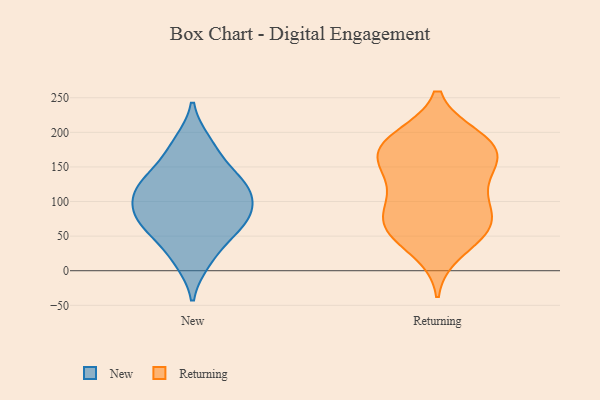
{"axis": {"x": "Churn Rate (%)", "y": "Value"}, "legend": ["New", "Returning"], "data": [{"x": "", "y": 97, "type": "New"}, {"x": "", "y": 122, "type": "New"}, {"x": "", "y": 82, "type": "New"}, {"x": "", "y": 126, "type": "New"}, {"x": "", "y": 13, "type": "New"}, {"x": "", "y": 47, "type": "New"}, {"x": "", "y": 64, "type": "New"}, {"x": "", "y": 120, "type": "New"}, {"x": "", "y": 158, "type": "New"}, {"x": "", "y": 187, "type": "New"}, {"x": "", "y": 78, "type": "New"}, {"x": "", "y": 170, "type": "Returning"}, {"x": "", "y": 193, "type": "Returning"}, {"x": "", "y": 28, "type": "Returning"}, {"x": "", "y": 62, "type": "Returning"}, {"x": "", "y": 167, "type": "Returning"}, {"x": "", "y": 191, "type": "Returning"}, {"x": "", "y": 72, "type": "Returning"}, {"x": "", "y": 50, "type": "Returning"}, {"x": "", "y": 87, "type": "Returning"}, {"x": "", "y": 193, "type": "Returning"}, {"x": "", "y": 172, "type": "Returning"}, {"x": "", "y": 134, "type": "Returning"}, {"x": "", "y": 67, "type": "Returning"}, {"x": "", "y": 112, "type": "Returning"}, {"x": "", "y": 104, "type": "Returning"}, {"x": "", "y": 155, "type": "Returning"}, {"x": "", "y": 63, "type": "Returning"}, {"x": "", "y": 155, "type": "Returning"}]}